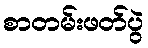
စာတမ်းဖတ်ပွဲ